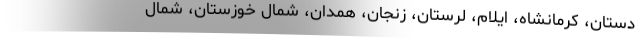
دستان، کرمانشاه، ایلام، لرستان، زنجان، همدان، شمال خوزستان، شمال